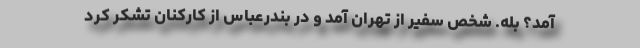
آمد؟ بله. شخص سفیر از تهران آمد و در بندرعباس از کارکنان تشکر کرد